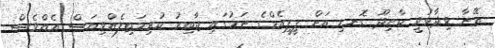
އޭނާ ވިދާޅުވީ ކާށިދޫ ގޮނޑި އަށް ޕީޕީއެމްގެ ނަމުގައި ޖާބިރު ކުރިމަތިލެއްވިޔަސް އެއްވެސް